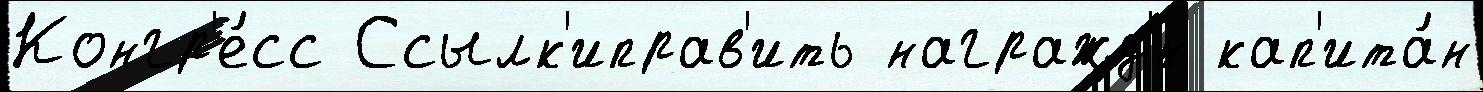
Конгр'е́сс Ссылк'иправ'ить награжд'́н кап'ита́н